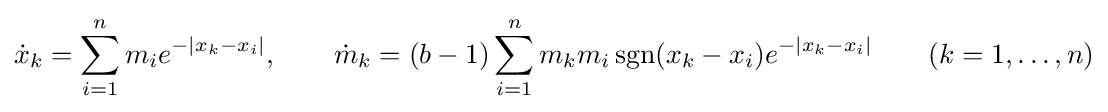
{\dot {x}}_{k}=\sum _{i=1}^{n}m_{i}e^{-|x_{k}-x_{i}|},\qquad {\dot {m}}_{k}=(b-1)\sum _{i=1}^{n}m_{k}m_{i}\operatorname {sgn}(x_{k}-x_{i})e^{-|x_{k}-x_{i}|}\qquad (k=1,\dots ,n)